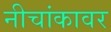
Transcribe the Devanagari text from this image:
नीचांकावर